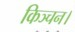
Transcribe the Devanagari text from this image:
किञ्चन।